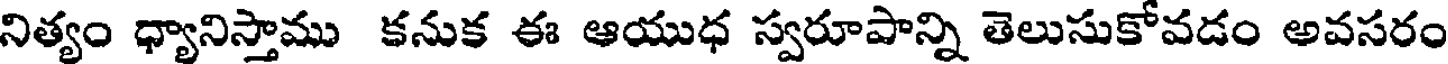
నిత్యం ధ్యానిస్తాము కనుక ఈ ఆయుధ స్వరూపాన్ని తెలుసుకోవడం అవసరం